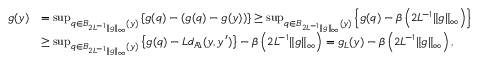
\begin{array} { r l } { g ( y ) } & { = \operatorname* { s u p } _ { q \in B _ { 2 L ^ { - 1 } \| g \| _ { \infty } } ( y ) } \left\{ g ( q ) - ( g ( q ) - g ( y ) ) \right\} \ge \operatorname* { s u p } _ { q \in B _ { 2 L ^ { - 1 } \| g \| _ { \infty } } ( y ) } \left\{ g ( q ) - \beta \left( 2 L ^ { - 1 } \| g \| _ { \infty } \right) \right\} } \\ & { \ge \operatorname* { s u p } _ { q \in B _ { 2 L ^ { - 1 } \| g \| _ { \infty } } ( y ) } \left\{ g ( q ) - L d _ { \mathbb { A } } ( y , y ^ { \prime } ) \right\} - \beta \left( 2 L ^ { - 1 } \| g \| _ { \infty } \right) = g _ { L } ( y ) - \beta \left( 2 L ^ { - 1 } \| g \| _ { \infty } \right) , } \end{array}